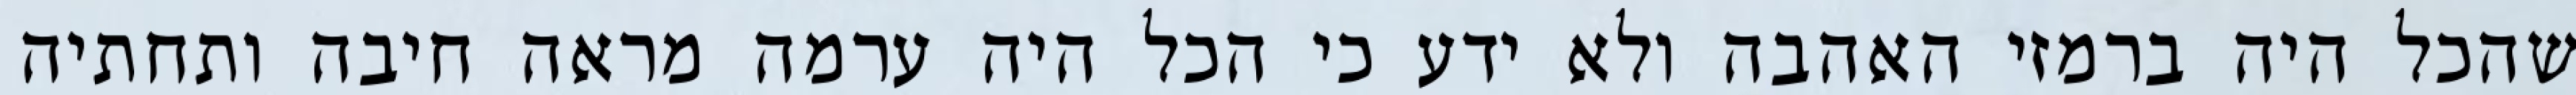
שהכל היה ברמזי האהבה ולא ידע כי הכל היה ערמה מראה חיבה ותחתיה